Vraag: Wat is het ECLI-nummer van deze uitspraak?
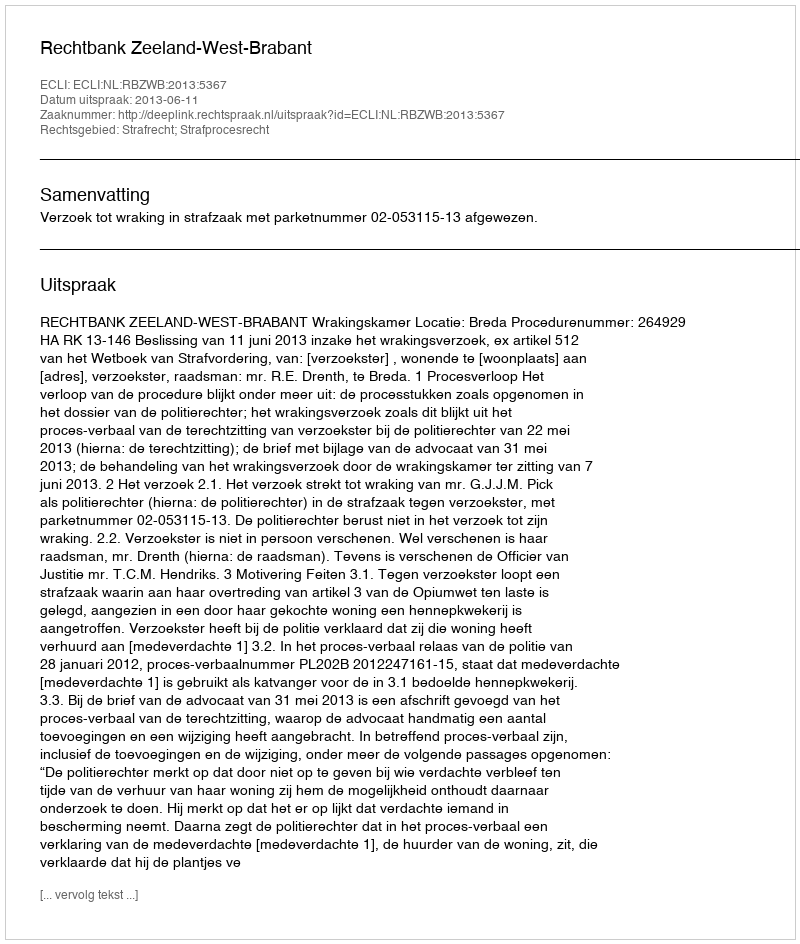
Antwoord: ECLI:NL:RBZWB:2013:5367